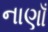
નાણાઁ